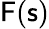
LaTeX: {\textbf{\textsf{F}}}({\textbf{\textsf{s}}})